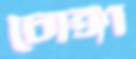
চোঙ্গা